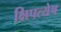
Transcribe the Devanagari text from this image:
क्षिपत्येष